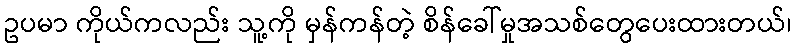
ဥပမာ ကိုယ်ကလည်း သူ့ကို မှန်ကန်တဲ့ စိန်ခေါ်မှုအသစ်တွေပေးထားတယ်၊